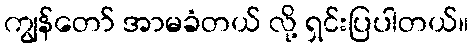
ကျွန်တော် အာမခံတယ် လို့ ရှင်းပြပါတယ်။